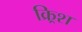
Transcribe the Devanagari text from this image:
क्र्रिश